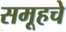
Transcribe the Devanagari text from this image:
समूहचे